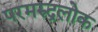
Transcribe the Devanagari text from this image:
परमरुद्रलोक